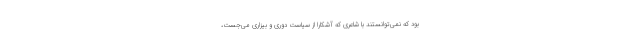
بود که نمی‌توانستند با شاعری که آشکارا از سیاست دوری و بیزاری می‌جُست،